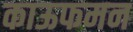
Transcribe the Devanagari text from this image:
काऊफमन